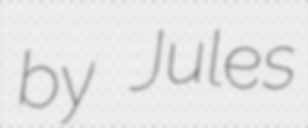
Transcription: by Jules